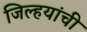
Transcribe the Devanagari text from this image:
जिल्हयांची